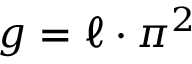
g = { \ell \cdot \pi ^ { 2 } }